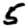
Digit: 5